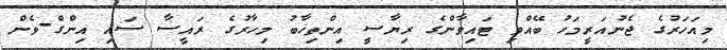
މިއަހަރުގެ ޖެނުއަރީމަހު ބޭއްވި ޓައިވާންގެ ރިޔާސީ އިންތިޚާބު މިހާރުގެ ރައީސާ ސައި އިންގް-ވެން